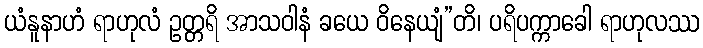
ယံနူနာဟံ ရာဟုလံ ဥတ္တရိ အာသဝါနံ ခယေ ဝိနေယျံ”တိ၊ ပရိပက္ကာခေါ ရာဟုလဿ